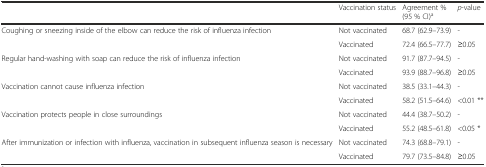
|  | Vaccination status | Agreement % (95 % CI)a | p-value |
 | --- | --- | --- | --- |
 | <ROWSPAN=2> Coughing or sneezing inside of the elbow can reduce the risk of influenza infection | Not vaccinated | 68.7 (62.9–73.9) | - |
 | Vaccinated | 72.4 (66.5–77.7) | ≥0.05 |
 | <ROWSPAN=2> Regular hand-washing with soap can reduce the risk of influenza infection | Not vaccinated | 91.7 (87.7–94.5) | - |
 | Vaccinated | 93.9 (88.7–96.8) | ≥0.05 |
 | <ROWSPAN=2> Vaccination cannot cause influenza infection | Not vaccinated | 38.5 (33.1–44.3) | - |
 | Vaccinated | 58.2 (51.5–64.6) | <0.01 ** |
 | <ROWSPAN=2> Vaccination protects people in close surroundings | Not vaccinated | 44.4 (38.7–50.2) | - |
 | Vaccinated | 55.2 (48.5–61.8) | <0.05 * |
 | <ROWSPAN=2> After immunization or infection with influenza, vaccination in subsequent influenza season is necessary | Not vaccinated | 74.3 (68.8–79.1) | - |
 | Vaccinated | 79.7 (73.5–84.8) | ≥0.05 |